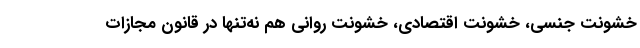
خشونت جنسی، خشونت اقتصادی، خشونت روانی هم نه‌تنها در قانون مجازات